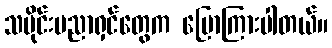
သမိုင်းပညာရှင်တွေက ပြောကြားပါတယ်။